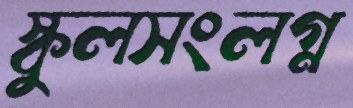
স্কুলসংলগ্ন